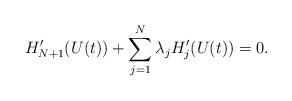
LaTeX: \begin{align*}H_{N+1}'(U(t))+\sum_{j=1}^N\lambda_{j}H_j'(U(t))=0.\end{align*}